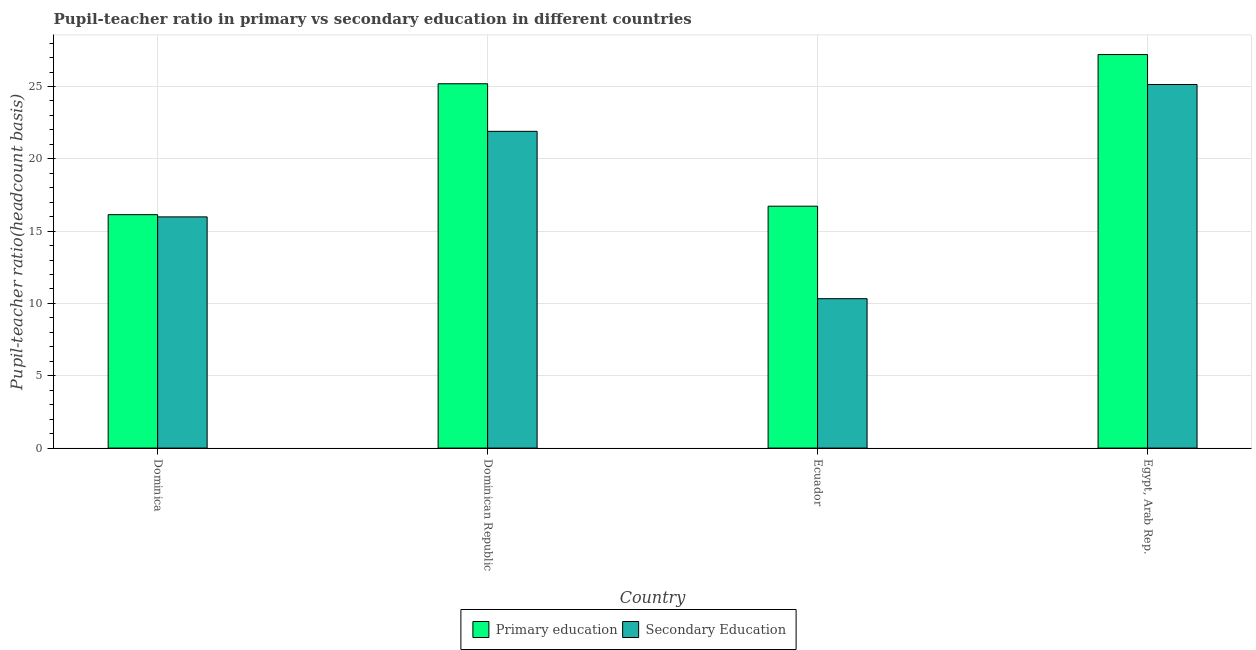
| Country | Primary education | Secondary Education |
 | --- | --- | --- |
 | Dominica | 16.1 | 16 |
 | Dominican Republic | 25.2 | 21.9 |
 | Ecuador | 16.7 | 10.3 |
 | Egypt, Arab Rep. | 27.2 | 25.1 |